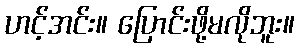
ဟင့်အင်း။ ပြောင်းဖို့မလိုဘူး။